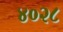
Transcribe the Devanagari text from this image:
४०२८